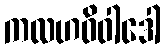
ကလဟဝိဝါဒေါ